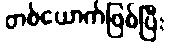
တစ်ယောက်ဖြစ်ပြီး